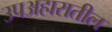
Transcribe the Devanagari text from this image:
उपअहारातील